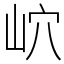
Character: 岤